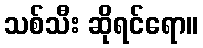
သစ်သီး ဆိုရင်ရော။